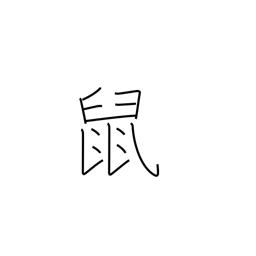
Meaning: rat